Civil Veterinary Department. United Provinces 1912-22 - 1912-1922
Year: 1912
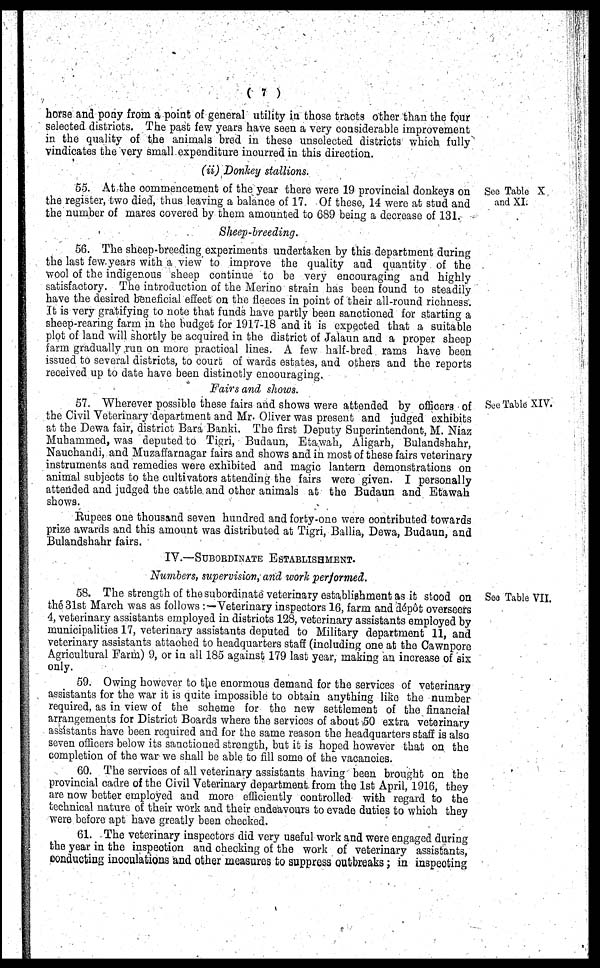
( 7 )
horse and pony from a point of general utility in those tracts other than the four
selected districts. The past few years have seen a very considerable improvement
in the quality of the animals bred in these unselected districts which fully
vindicates the very small expenditure incurred in this direction.
(ii) Donkey stallions.
See Table X
and XI.
55. At the commencement of the year there were 19 provincial donkeys on
the register, two died, thus leaving a balance of 17. Of these, 14 were at stud and
the number of mares covered by them amounted to 689 being a decrease of 131.
Sheep-breeding.
56. The sheep-breeding experiments undertaken by this department during
the last few years with a view to improve the quality and quantity of the
wool of the indigenous sheep continue to be very encouraging and highly
satisfactory. The introduction of the Merino strain has been found to steadily
have the desired beneficial effect on the fleeces in point of their all-round richness.
It is very gratifying to note that funds have partly been sanctioned for starting a
sheep-rearing farm in the budget for 1917-18 and it is expected that a suitable
plot of land will shortly be acquired in the district of Jalaun and a proper sheep
farm gradually run on more practical lines. A few half-bred rams have been
issued to several districts, to court of wards estates, and others and the reports
received up to date have been distinctly encouraging.
Fairs and shows.
See Table XIV.
57. Wherever possible these fairs and shows were attended by officers of
the Civil Veterinary department and Mr. Oliver was present and judged exhibits
at the Dewa fair, district Bara Banki. The first Deputy Superintendent, M. Niaz
Muhammed, was deputed to Tigri, Budaun, Etawah, Aligarh, Bulandshahr,
Nauchandi, and Muzaffarnagar fairs and shows and in most of these fairs veterinary
instruments and remedies were exhibited and magic lantern demonstrations on
animal subjects to the cultivators attending the fairs were given. I personally
attended and judged the cattle and other animals at the Budaun and Etawah
shows.
Rupees one thousand seven hundred and forty-one were contributed towards
prize awards and this amount was distributed at Tigri, Ballia, Dewa, Budaun, and
Bulandshahr fairs.
IV.—SUBORDINATE ESTABLISHMENT.
Numbers, supervision, and work performed.
See Table VII.
58. The strength of the subordinate veterinary establishment as it stood on
the 31st March was as follows :—Veterinary inspectors 16, farm and dépôt overseers
4, veterinary assistants employed in districts 128, veterinary assistants employed by
municipalities 17, veterinary assistants deputed to Military department 11, and
veterinary assistants attached to headquarters staff (including one at the Cawnpore
Agricultural Farm) 9, or in all 185 against 179 last year, making an increase of six
only.
59. Owing however to the enormous demand for the services of veterinary
assistants for the war it is quite impossible to obtain anything like the number
required, as in view of the scheme for the new settlement of the financial
arrangements for District Boards where the services of about 50 extra veterinary
assistants have been required and for the same reason the headquarters staff is also
seven officers below its sanctioned strength, but it is hoped however that on the
completion of the war we shall be able to fill some of the vacancies.
60. The services of all veterinary assistants having been brought on the
provincial cadre of the Civil Veterinary department from the 1st April, 1916, they
are now better employed and more efficiently controlled with regard to the
technical nature of their work and their endeavours to evade duties to which they
were before apt have greatly been checked.
61. The veterinary inspectors did very useful work and were engaged during
the year in the inspection and checking of the work of veterinary assistants,
conducting inoculations and other measures to suppress outbreaks; in inspecting